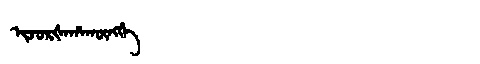
Manchu: ᡳᠵᡠᡵᡧᠠᡥᠠᡴᡡᠩᡤᡝ
Romanization: IJURŠAHAKŪNGGE